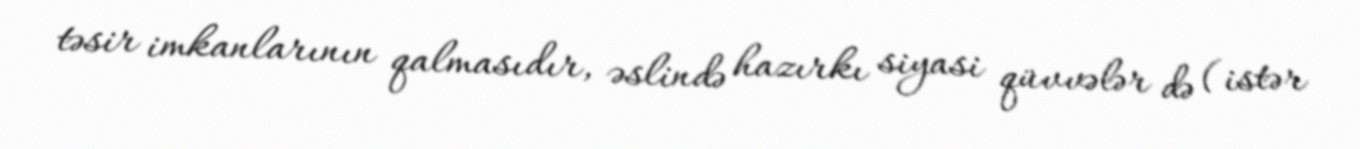
təsir imkanlarının qalmasıdır, əslində hazırkı siyasi qüvvələr də (istər